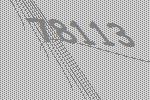
78113